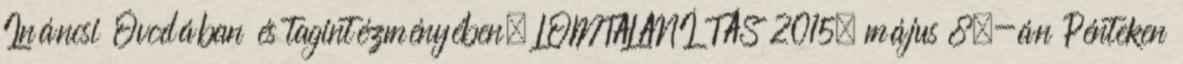
Ináncsi Óvodában és tagintézményében, LOMTALANÍTÁS 2015. május 8.-án Pénteken